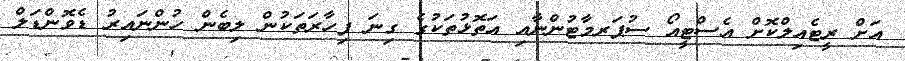
އަށް ރީޓެއިލްކޮށް އެސްޓީއޯ ސުޕަރމާޓުންނާއި އަތޮޅުތަކުގެ ގިނަ ފިހާރަތަކުން ލިބެން ހުންނައިރު ޑެވޮންޑަލް